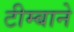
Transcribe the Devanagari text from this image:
टीम्बाने